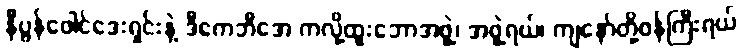
နီပွန်ဖေါင်ဒေးရှင်းနဲ့ ဒီကေဘီအေ ကလို့ထူးဘောအဖွဲ့၊ အဖွဲ့ရယ်၊ ကျနော်တို့ဝန်ကြီးရယ်